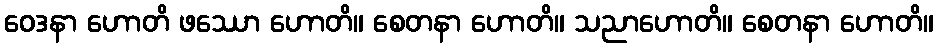
ဝေဒနာ ဟောတိ ဖဿော ဟောတိ။ စေတနာ ဟောတိ။ သညာဟောတိ။ စေတနာ ဟောတိ။